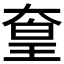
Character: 𡙙